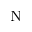
_ \mathrm { N }